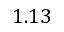
1 . 1 3